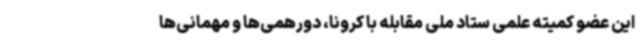
این عضو کمیته علمی ستاد ملی مقابله با کرونا، دورهمی‌ها و مهمانی‌ها